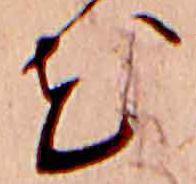
花